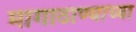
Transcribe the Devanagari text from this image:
मागाठाण्याच्या